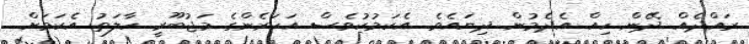
ރައްދެއް ދޭން ހިއް އެދެމުން ދިޔައެވެ. އެކަމުކުވެސް އަހަރެންގެ މަޖުބޫރީ ހާލަތު އެކަމަށް